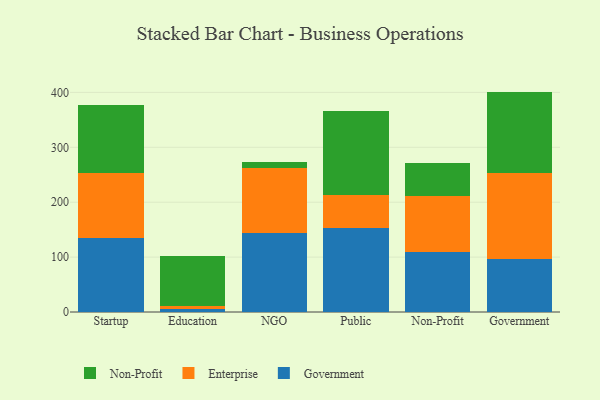
{"axis": {"x": "Segment", "y": "Active Users"}, "legend": ["Enterprise", "Government", "Non-Profit"], "data": [{"x": "Startup", "y": 135.2, "type": "Government"}, {"x": "Startup", "y": 118.9, "type": "Enterprise"}, {"x": "Startup", "y": 122.3, "type": "Non-Profit"}, {"x": "Education", "y": 5.3, "type": "Government"}, {"x": "Education", "y": 5.7, "type": "Enterprise"}, {"x": "Education", "y": 91.5, "type": "Non-Profit"}, {"x": "NGO", "y": 143.1, "type": "Government"}, {"x": "NGO", "y": 119.6, "type": "Enterprise"}, {"x": "NGO", "y": 9.9, "type": "Non-Profit"}, {"x": "Public", "y": 153.9, "type": "Government"}, {"x": "Public", "y": 59.4, "type": "Enterprise"}, {"x": "Public", "y": 152.8, "type": "Non-Profit"}, {"x": "Non-Profit", "y": 109.0, "type": "Government"}, {"x": "Non-Profit", "y": 101.8, "type": "Enterprise"}, {"x": "Non-Profit", "y": 59.9, "type": "Non-Profit"}, {"x": "Government", "y": 96.3, "type": "Government"}, {"x": "Government", "y": 156.1, "type": "Enterprise"}, {"x": "Government", "y": 149.1, "type": "Non-Profit"}]}